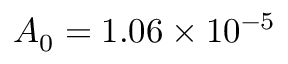
A _ { 0 } = 1 . 0 6 \times 1 0 ^ { - 5 }